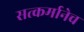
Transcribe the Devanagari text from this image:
सत्कर्मानेच